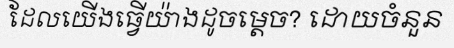
ដែលយើងធ្វើយ៉ាងដូចម្តេច? ដោយចំនួន